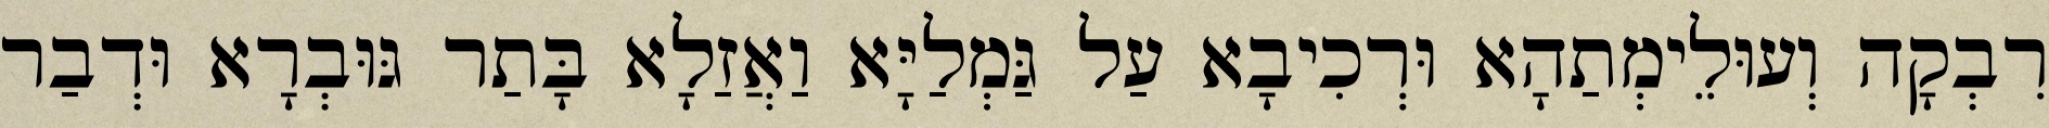
רִבְקָה וְעוּלֵימְתַהָא וּרְכִיבָא עַל גַּמְלַיָּא וַאֲזַלָא בָּתַר גּוּבְרָא וּדְבַר